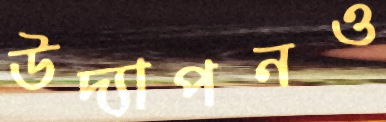
উদ্যাপনও